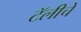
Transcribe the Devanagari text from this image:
टॅलीचे